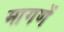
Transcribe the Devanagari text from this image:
मागणें